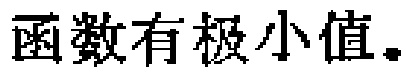
函数有极小值。